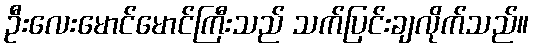
ဦးလေးမောင်မောင်ကြီးသည် သက်ပြင်းချလိုက်သည်။